Civil Veterinary Department. United Provinces 1912-22 - 1912-1922
Year: 1912
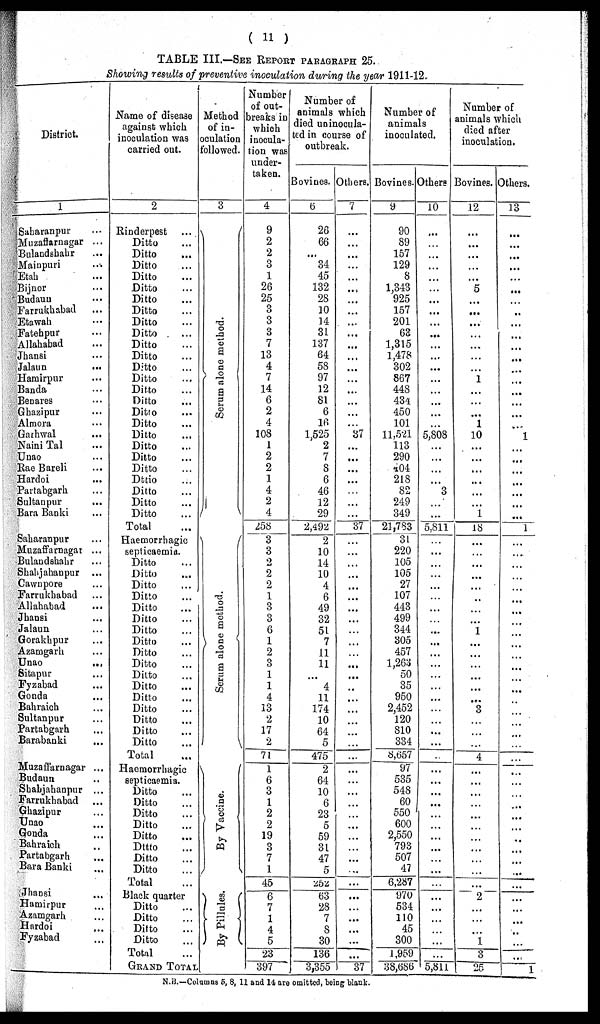
(11)
TABLE III.—SEE REPORT PARAGRAPH 25.
Showing results of preventive inoculation during the year 1911-12.
District.
1
Saharanpur ...
Muzaffarnagar ...
Bulandshahr ...
Mainpuri ...
Etah ...
Bijnor ...
Budaun ...
Farrukhabad ...
Etawah ...
Fatehpur ...
Allahabad
Jhansi ...
Jalaun ...
Hamirpur ...
Banda ...
Benares
Ghazipur ...
Almora ...
Garhwal ...
Naini Tal ...
Unao ...
Rae Bareli ...
Hardoi ...
Partabgarh ...
Sultan pur ...
Bara Banki ...
Saharanpur ...
Muzaffarnagar ...
Bulandshabr ...
Shahjahanpur ...
Cawnpore ...
Farrukhabad ...
Allahabad
Jhansi ...
Jalaun ...
Gorakhpur ...
Azamgarh ...
Unao
...
Sitapur ...
Fyzabad ...
Gonda ...
Bahraich ...
Sultanpur ...
Partabgarh ...
Barabanki ...
Muzaffarnagar ...
Budaun ...
Shabjahanpur ...
Farrukhabad ...
Ghazipur ...
Unao ...
Gouda ...
Bahraich ...
Partabgarh ...
Bara Banki ...
Jhansi ...
Hamirpur ...
Azamgarh ...
Hardoi ...
Fyzabad ...
Name of disease
against which
inoculation was
carried out.
2
Rinderpest ...
Ditto ...
Ditto ...
Ditto ...
Ditto ...
Ditto ...
Ditto ...
Ditto ...
Ditto ...
Ditto ...
Ditto ...
Ditto ...
Ditto ...
Ditto ...
Ditto ...
Ditto ...
Ditto ...
Ditto ...
Ditto ...
Ditto ...
Ditto ...
Ditto ...
Dttio ...
Ditto ...
Ditto ...
Ditto ...
Total ...
Haemorrhagic
septicaemia.
Ditto ...
Ditto ...
Ditto ...
Ditto ...
Ditto ...
Ditto ...
Ditto ...
Ditto ...
Ditto ...
Ditto ...
Ditto ...
Ditto ...
Ditto ...
Ditto ...
Ditto ...
Ditto ...
Ditto ...
Total ...
Haemorrhagic
septicaemia.
Ditto ...
Ditto ...
Ditto ...
Ditto ...
Ditto ...
Dttto ...
Ditto ...
Ditto ...
Total ...
Black quarter
Ditto ...
Ditto ...
Ditto ...
Ditto ..
Total ...
GRAND TOTAL
Method
of in-
oculation
followed.
3
Se r
um alone method.
Se r
um alone method.
By Vacci ne.
By Pillnles.
Number
of out-
breaks in
which
inocula-
tion was
under-
taken.
4
9
2
2
3
1
26
25
3
3
3
7
13
4
7
14
6
2
4
108
1
2
2
1
4
2
4
258
3
3
2
2
2
1
3
3
6
1
2
3
1
1
4
13
2
17
2
71
1
6
3
1
2
2
19
3
7
1
45
6
7
1
4
5
23
397
Number of
animals which
died uninocula-
ted in course of
outbreak.
Bovines.
6
26
66
...
34
45
132
28
10
14
31
137
64
58
97
12
81
6
16
1,525
2
7
8
6
46
12
29
2,492
2
10
14
10
4
6
49
32
51
7
11
11
...
4
11
174
10
64
5
475
2
64
10
6
23
5
59
31
47
5
252
63
28
7
8
30
136
3,355
Others.
7
...
...
...
...
...
...
...
...
...
...
...
...
...
...
...
...
...
...
37
...
...
...
...
...
...
...
37
...
...
...
...
...
...
...
...
...
...
...
...
...
...
...
...
...
...
...
...
...
...
...
...
...
...
...
...
...
...
...
...
...
...
...
...
...
37
Number of
animals
inoculated.
Bovines.
9
90
89
157
129
8
1,343
925
157
201
63
1,315
1,478
302
867
448
434
450
101
11,521
113
290
404
218
82
249
349
21,783
31
220
105
105
27
107
443
499
344
305
457
1,263
50
35
950
2,452
120
810
334
8,657
97
535
548
60
550
600
2,550
793
507
47
6,287
970
534
110 45
300
1,959
38,686
Others
10
...
...
...
...
...
...
...
...
...
...
...
...
...
...
...
...
...
...
5,808
...
...
...
...
3
...
...
5,811
...
...
...
...
...
...
...
...
...
...
...
...
...
...
...
...
...
...
...
...
...
...
...
...
...
...
...
...
...
...
...
...
...
...
...
...
...
5,811
Number of
animals which
died after
inoculation.
Bovines.
12
...
...
...
...
...
5
...
...
...
...
...
...
...
1
...
...
...
1
10
...
...
...
...
...
...
1
18
...
...
...
...
...
...
...
...
1
...
...
...
...
...
...
3
...
...
...
4
...
...
...
...
...
...
...
...
...
...
...
2
...
...
...
1
3
25
Others.
13
...
...
...
...
...
...
...
...
...
...
...
...
...
...
...
...
...
...
1
...
...
...
...
...
...
...
1
...
...
...
...
...
...
...
...
...
...
...
...
...
...
...
...
...
...
...
...
...
...
...
...
...
...
...
...
...
...
...
...
...
...
...
...
...
1
N.B—Columns 5, 8, 11 and 14 are omitted, being blank.